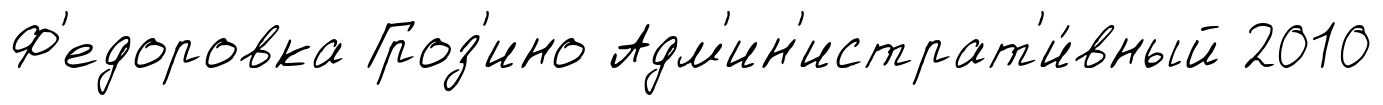
Ф'едоровка Гроз'ино Адм'ин'истрат'и́вный 2010